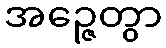
အဉ္ဇေတွာ